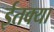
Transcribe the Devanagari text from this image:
ईतक्या